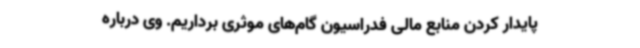
پایدار کردن منابع مالی فدراسیون گام‌های موثری برداریم. وی درباره‌